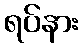
ရပ်နား